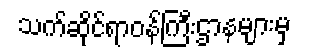
သက်ဆိုင်ရာဝန်ကြီးဌာနများမှ